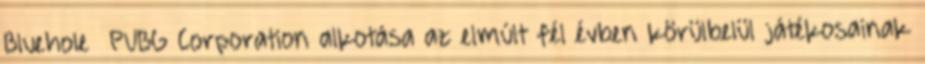
Bluehole PUBG Corporation alkotása az elmúlt fél évben körülbelül játékosainak